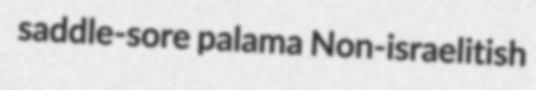
saddle-sore palama Non-israelitish